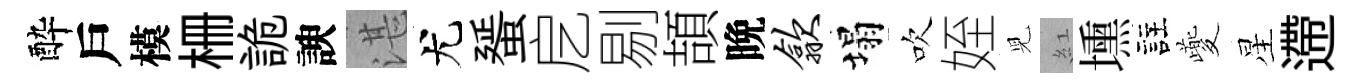
酔戶模栅詭諛湛尤蜑戹剔頡晩歙塌吹姪児紅壎註夔星遰